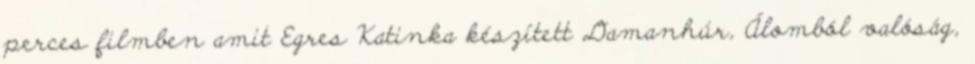
perces filmben amit Egres Katinka készített Damanhúr, Álomból valóság,